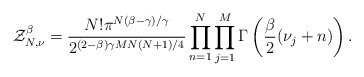
\begin{align*} {\cal Z}_{N,\nu}^{\beta}=\frac{N!\pi^{N(\beta-\gamma)/\gamma}}{2^{(2-\beta)\gamma MN(N+1)/4}}\prod_{n=1}^N\prod_{j=1}^M\Gamma\left(\frac{\beta}{2}(\nu_j+n)\right).\end{align*}